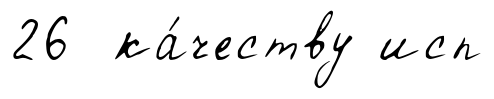
26 ка́честву исп